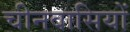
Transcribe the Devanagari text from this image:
चीनवासियों